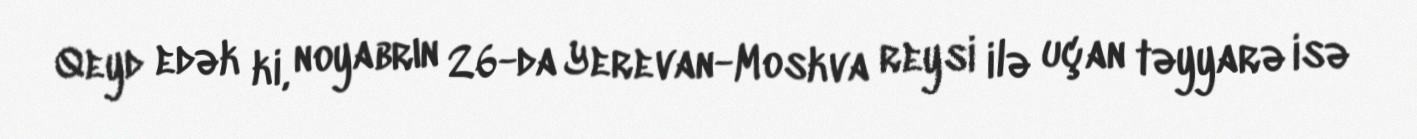
Qeyd edək ki, noyabrın 26-da Yerevan-Moskva reysi ilə uçan təyyarə isə